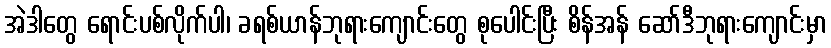
အဲဒါတွေ ရောင်းပစ်လိုက်ပါ၊ ခရစ်ယာန်ဘုရားကျောင်းတွေ စုပေါင်းပြီး စိန်အန် ဆော်ဒီဘုရားကျောင်းမှာ